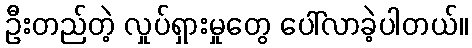
ဦးတည်တဲ့ လှုပ်ရှားမှုတွေ ပေါ်လာခဲ့ပါတယ်။